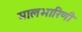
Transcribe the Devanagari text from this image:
मालभारिणी